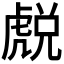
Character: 𧇓